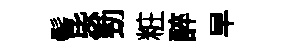
髻毖勁粧醉早